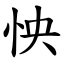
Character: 怏